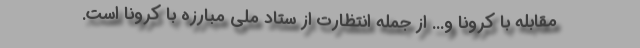
مقابله با کرونا و... از جمله انتظارت از ستاد ملی مبارزه با کرونا است.